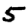
Digit: 5